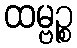
ထမ္ဗဉ္စ